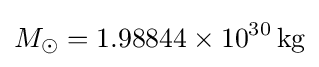
M_{\odot }=1.98844\times 10^{30}\,\mathrm {kg}